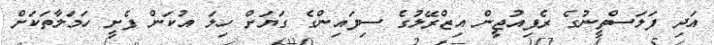
އަދި ފަލަސްތީނުގެ ރެފިއުޖީން އިޒްރޭލުގެ ސިފައިންގެ ގަޔަށް ހިލަ އުކަން ފެށީ ހަމަލާތަކަށް